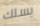
يسلك